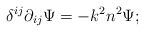
LaTeX: \begin{align*} \delta^{i j} \partial_{i j} \Psi = - k^2 n^2 \Psi;\end{align*}